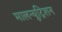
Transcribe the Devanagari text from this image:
मालन्यूट्रिशन